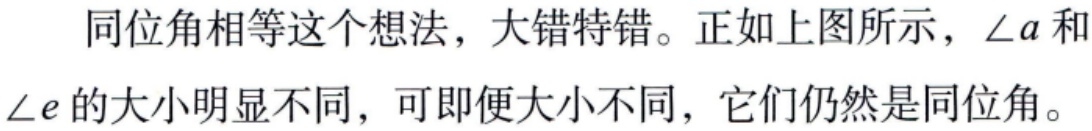
同位角相等这个想法，大错特错。正如上图所示，$\angle a$和$\angle e$的大小明显不同，可即便大小不同，它们仍然是同位角。